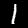
Label: 1